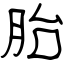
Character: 胎